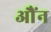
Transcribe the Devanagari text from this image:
औंन